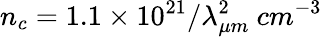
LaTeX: n_{c}=1.1\times 10^{21}/\lambda_{\mu m}^{2}~cm^{-3}